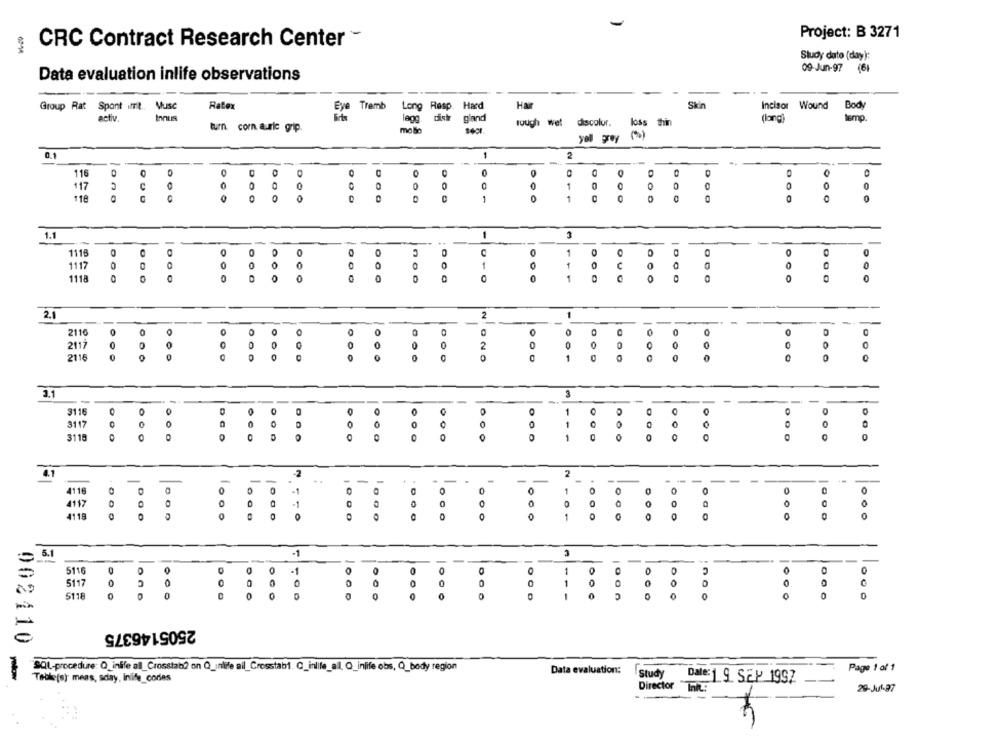
Project: B 3271
CRC Contract Research Center -
Study dato (day):
09-Jun-97
Data evaluation inlife observations
Skin
Group Rat Spont ift. Musc
Ratex
Eye Tremb
Long Resp. Hard
Hair
Incisor Wound
Body
activ
legg.
gland
(long)
turn corn aurie grip.
tough wet
discolor.
loss thin
malin
yol grey
0.1
1
2
0
0
0
1
0
0
0
O
116
0
0
000
0
1
DOO
1.1
-
1116
0
0
0
1117
0
0
1
0
1118
0
0
0
0
0
1
0
2.1
2
1
-
-
2116
O
O
0
0
0
O
2117
0
0
0
0
0
2
0
0
0
0
0
0
2116
0
0
0
0
0
3.1
-
-
-
-
-
3116
O
1
O
3117
O
1
O
0
O
0
3118
DCO
O
O
0 0
1
C
4.1
2
2
-
-
-
-- .
-
-
-
--
4116
-1
0
0
1
0
4117
0
.1
C
O
4118
C
0
1
0
O
O
0
= 5.1
-1
-
5116
O
0
O
1
0
=
511
0
1
0
0
0
DO
5118
0
0
O
0
0
0
0
0
2505146375
002110
"SQL-procedure: Q_inlife all_Crosstab? on Q_inlife ail_Crosstab1. C_inlife_al, Q_inlife obs, Q_body region
Page 1 of 1
Data evaluation:
Study
Table(s) meas, sday, inlife_cores
Date: 1 9 SEP 1997
Director
29-Jul-87